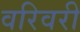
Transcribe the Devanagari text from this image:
वरिवरी